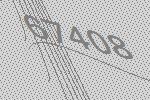
67408